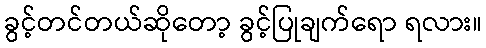
ခွင့်တင်တယ်ဆိုတော့ ခွင့်ပြုချက်ရော ရလား။